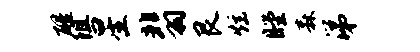
醒阻星翡艮炫瞠森涕